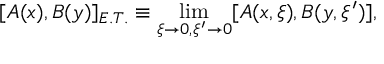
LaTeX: [ A ( x ) , B ( y ) ] _ { E . T . } \equiv \operatorname * { l i m } _ { \xi \to 0 , \xi ^ { \prime } \to 0 } [ A ( x , \xi ) , B ( y , \xi ^ { \prime } ) ] ,